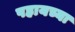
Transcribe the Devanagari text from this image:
पहायच्या